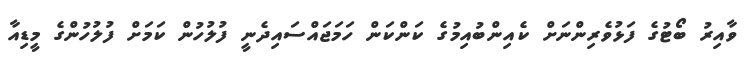
ވާއިރު ބޯޓުގެ ފަޅުވެރިންނަށް ކެއިންބުއިމުގެ ކަންކަން ހަމަޖައްސައިދެނީ ފުލުހުން ކަމަށް ފުލުހުންގެ މީޑިއާ